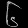
Digit: ၆